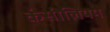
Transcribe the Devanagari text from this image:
कंसीलियम